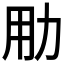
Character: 𱐮